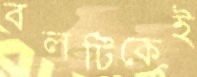
বলটিকেই